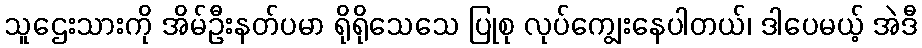
သူဌေးသားကို အိမ်ဦးနတ်ပမာ ရိုရိုသေသေ ပြုစု လုပ်ကျွေးနေပါတယ်၊ ဒါပေမယ့် အဲဒီ